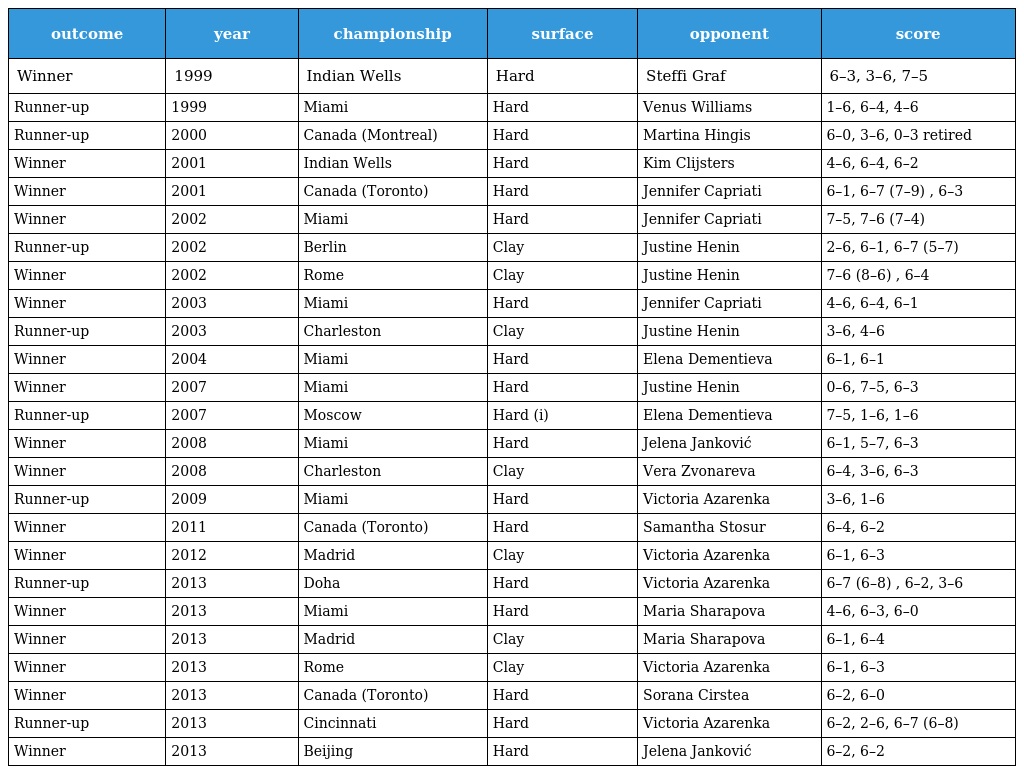
| outcome | year | championship | surface | opponent | score |
 | --- | --- | --- | --- | --- | --- |
 | Winner | 1999 | Indian Wells | Hard | Steffi Graf | 6–3, 3–6, 7–5 |
 | Runner-up | 1999 | Miami | Hard | Venus Williams | 1–6, 6–4, 4–6 |
 | Runner-up | 2000 | Canada (Montreal) | Hard | Martina Hingis | 6–0, 3–6, 0–3 retired |
 | Winner | 2001 | Indian Wells | Hard | Kim Clijsters | 4–6, 6–4, 6–2 |
 | Winner | 2001 | Canada (Toronto) | Hard | Jennifer Capriati | 6–1, 6–7 (7–9) , 6–3 |
 | Winner | 2002 | Miami | Hard | Jennifer Capriati | 7–5, 7–6 (7–4) |
 | Runner-up | 2002 | Berlin | Clay | Justine Henin | 2–6, 6–1, 6–7 (5–7) |
 | Winner | 2002 | Rome | Clay | Justine Henin | 7–6 (8–6) , 6–4 |
 | Winner | 2003 | Miami | Hard | Jennifer Capriati | 4–6, 6–4, 6–1 |
 | Runner-up | 2003 | Charleston | Clay | Justine Henin | 3–6, 4–6 |
 | Winner | 2004 | Miami | Hard | Elena Dementieva | 6–1, 6–1 |
 | Winner | 2007 | Miami | Hard | Justine Henin | 0–6, 7–5, 6–3 |
 | Runner-up | 2007 | Moscow | Hard (i) | Elena Dementieva | 7–5, 1–6, 1–6 |
 | Winner | 2008 | Miami | Hard | Jelena Janković | 6–1, 5–7, 6–3 |
 | Winner | 2008 | Charleston | Clay | Vera Zvonareva | 6–4, 3–6, 6–3 |
 | Runner-up | 2009 | Miami | Hard | Victoria Azarenka | 3–6, 1–6 |
 | Winner | 2011 | Canada (Toronto) | Hard | Samantha Stosur | 6–4, 6–2 |
 | Winner | 2012 | Madrid | Clay | Victoria Azarenka | 6–1, 6–3 |
 | Runner-up | 2013 | Doha | Hard | Victoria Azarenka | 6–7 (6–8) , 6–2, 3–6 |
 | Winner | 2013 | Miami | Hard | Maria Sharapova | 4–6, 6–3, 6–0 |
 | Winner | 2013 | Madrid | Clay | Maria Sharapova | 6–1, 6–4 |
 | Winner | 2013 | Rome | Clay | Victoria Azarenka | 6–1, 6–3 |
 | Winner | 2013 | Canada (Toronto) | Hard | Sorana Cirstea | 6–2, 6–0 |
 | Runner-up | 2013 | Cincinnati | Hard | Victoria Azarenka | 6–2, 2–6, 6–7 (6–8) |
 | Winner | 2013 | Beijing | Hard | Jelena Janković | 6–2, 6–2 |